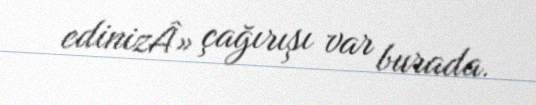
edinizÂ» çağırışı var burada.